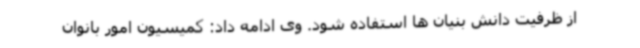
از ظرفیت دانش بنیان ها استفاده شود. وی ادامه داد: کمیسیون امور بانوان